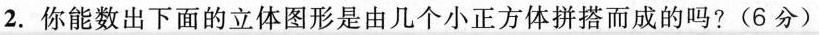
2.你能数出下面的立体图形是由几个小正方体拼搭而成的吗?(6分)